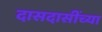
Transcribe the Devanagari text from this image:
दासदासींच्या